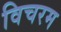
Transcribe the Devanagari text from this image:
विचरम